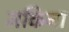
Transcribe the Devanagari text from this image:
मकिना